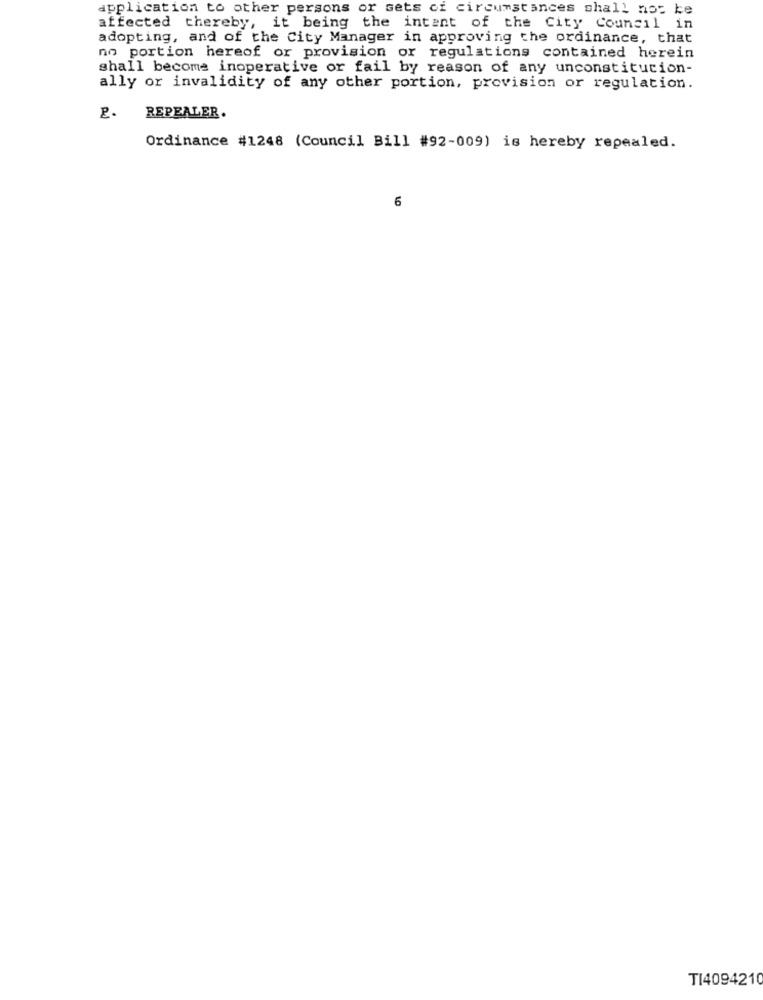
application to other persons or sets of circumstances shall not be
affected thereby, it being the intent of the City Council in
adopting, and of the City Manager in approving the ordinance, that
no portion hereof or provision or regulations contained herein
shall become inoperative or fail by reason of any unconstitution-
ally or invalidity of any other portion, provision or regulation.
REPEALER.
Ordinance #1248 (Council Bill #92-009) is hereby repealed.
6
TI4094210